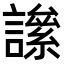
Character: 𧬀